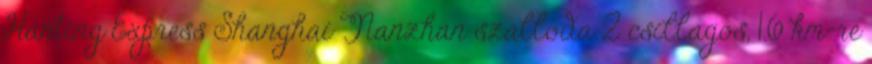
Hanting Express Shanghai Nanzhan szálloda 2 csillagos, 1.6 km-re